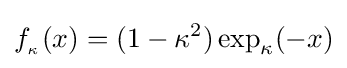
f_{_{\kappa }}(x)=(1-\kappa ^{2})\exp _{\kappa }(-x)